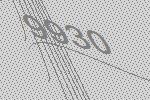
9930